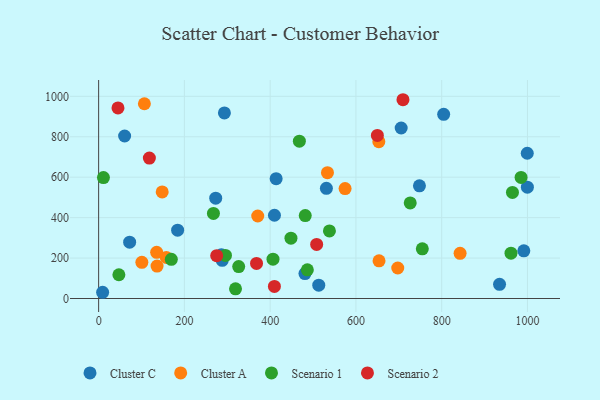
{"axis": {"x": "Experience", "y": "Rating"}, "legend": ["Cluster A", "Cluster C", "Scenario 1", "Scenario 2"], "data": [{"x": "991.5", "y": 235.9, "type": "Cluster C"}, {"x": "481.1", "y": 123.5, "type": "Cluster C"}, {"x": "293.3", "y": 918.1, "type": "Cluster C"}, {"x": "748.1", "y": 557.1, "type": "Cluster C"}, {"x": "410.0", "y": 411.9, "type": "Cluster C"}, {"x": "804.6", "y": 910.9, "type": "Cluster C"}, {"x": "531.1", "y": 544.8, "type": "Cluster C"}, {"x": "288.2", "y": 188.6, "type": "Cluster C"}, {"x": "286.2", "y": 215.8, "type": "Cluster C"}, {"x": "9.3", "y": 30.8, "type": "Cluster C"}, {"x": "705.5", "y": 843.4, "type": "Cluster C"}, {"x": "999.8", "y": 550.8, "type": "Cluster C"}, {"x": "273.0", "y": 496.1, "type": "Cluster C"}, {"x": "184.2", "y": 337.9, "type": "Cluster C"}, {"x": "413.9", "y": 592.8, "type": "Cluster C"}, {"x": "513.3", "y": 66.1, "type": "Cluster C"}, {"x": "999.5", "y": 718.5, "type": "Cluster C"}, {"x": "72.3", "y": 278.5, "type": "Cluster C"}, {"x": "60.6", "y": 803.8, "type": "Cluster C"}, {"x": "934.9", "y": 70.0, "type": "Cluster C"}, {"x": "653.4", "y": 775.8, "type": "Cluster A"}, {"x": "157.8", "y": 203.2, "type": "Cluster A"}, {"x": "106.7", "y": 963.2, "type": "Cluster A"}, {"x": "135.3", "y": 228.6, "type": "Cluster A"}, {"x": "697.5", "y": 150.9, "type": "Cluster A"}, {"x": "100.8", "y": 178.7, "type": "Cluster A"}, {"x": "136.2", "y": 160.5, "type": "Cluster A"}, {"x": "371.0", "y": 408.1, "type": "Cluster A"}, {"x": "574.7", "y": 543.6, "type": "Cluster A"}, {"x": "533.6", "y": 622.5, "type": "Cluster A"}, {"x": "653.9", "y": 186.6, "type": "Cluster A"}, {"x": "148.2", "y": 527.1, "type": "Cluster A"}, {"x": "842.9", "y": 223.5, "type": "Cluster A"}, {"x": "47.2", "y": 117.6, "type": "Scenario 1"}, {"x": "169.5", "y": 193.9, "type": "Scenario 1"}, {"x": "486.7", "y": 141.8, "type": "Scenario 1"}, {"x": "448.5", "y": 298.5, "type": "Scenario 1"}, {"x": "538.2", "y": 334.1, "type": "Scenario 1"}, {"x": "985.1", "y": 598.9, "type": "Scenario 1"}, {"x": "481.8", "y": 410.1, "type": "Scenario 1"}, {"x": "754.8", "y": 245.8, "type": "Scenario 1"}, {"x": "468.1", "y": 778.2, "type": "Scenario 1"}, {"x": "326.6", "y": 157.7, "type": "Scenario 1"}, {"x": "11.2", "y": 598.2, "type": "Scenario 1"}, {"x": "961.6", "y": 224.1, "type": "Scenario 1"}, {"x": "726.6", "y": 472.9, "type": "Scenario 1"}, {"x": "319.2", "y": 48.0, "type": "Scenario 1"}, {"x": "267.7", "y": 420.8, "type": "Scenario 1"}, {"x": "295.8", "y": 213.2, "type": "Scenario 1"}, {"x": "965.0", "y": 524.9, "type": "Scenario 1"}, {"x": "406.6", "y": 194.5, "type": "Scenario 1"}, {"x": "45.1", "y": 942.7, "type": "Scenario 2"}, {"x": "368.2", "y": 173.4, "type": "Scenario 2"}, {"x": "275.3", "y": 211.7, "type": "Scenario 2"}, {"x": "508.4", "y": 267.5, "type": "Scenario 2"}, {"x": "650.0", "y": 806.6, "type": "Scenario 2"}, {"x": "118.3", "y": 694.7, "type": "Scenario 2"}, {"x": "709.7", "y": 983.2, "type": "Scenario 2"}, {"x": "409.9", "y": 59.6, "type": "Scenario 2"}]}